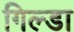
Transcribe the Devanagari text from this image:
गिल्डा